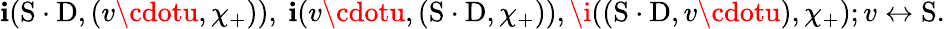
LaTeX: \mathbf{i}(\mathrm{{S}}\cdot\mathrm{{D}},(v\cdotu,\chi_{+})),\ \mathbf{i}(v\cdotu,(\mathrm{{S}}\cdot\mathrm{{D}},\chi_{+})),\i((\mathrm{{S}}\cdot\mathrm{{D}},v\cdotu),\chi_{+});v\leftrightarrow\mathrm{{S}}.